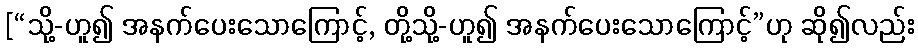
[“သို့-ဟူ၍ အနက်ပေးသောကြောင့်, တို့သို့-ဟူ၍ အနက်ပေးသောကြောင့်”ဟု ဆို၍လည်း